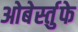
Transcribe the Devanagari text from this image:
ओबेर्स्तुफे